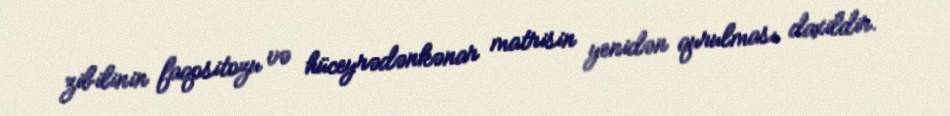
zibilinin faqositozu və hüceyrədənkənar matrisin yenidən qurulması daxildir.